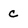
Character: c